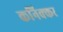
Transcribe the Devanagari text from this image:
कनिक्कर